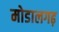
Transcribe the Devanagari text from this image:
मोडालगढ़